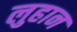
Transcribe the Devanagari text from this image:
लुहान